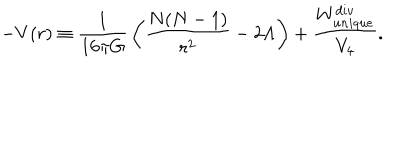
- V ( r ) \equiv { \frac { 1 } { 1 6 \pi G } } \left( { \frac { N ( N - 1 ) } { r ^ { 2 } } } - 2 \Lambda \right) + { \frac { W _ { u n i q u e } ^ { d i v } } { V _ { 4 } } } .